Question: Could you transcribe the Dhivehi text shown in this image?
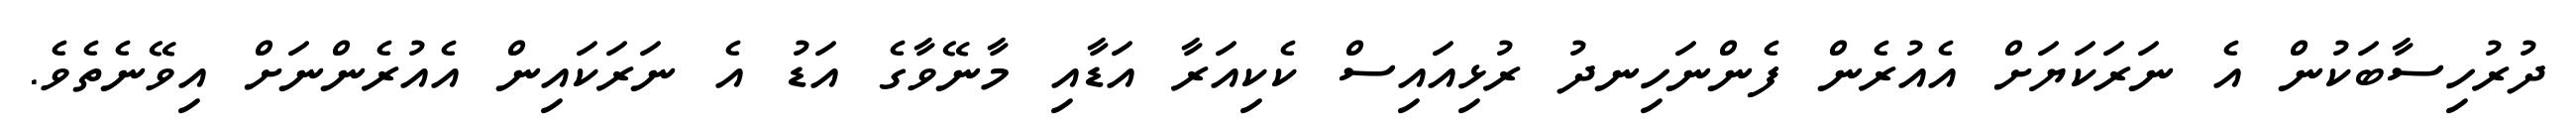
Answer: ދުރުހިސާބަކުން އެ ނަރަކަޔަށް އެއުރެން ފެންނަހިނދު ރުޅިއައިސް ކެކިއަރާ އަޑާއި މާނޭވާގެ އަޑު އެ ނަރަކައިން އެއުރެންނަށް އިވޭނެތެވެ.